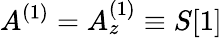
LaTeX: A^{(1)}=A_{z}^{(1)}\equiv S[1]